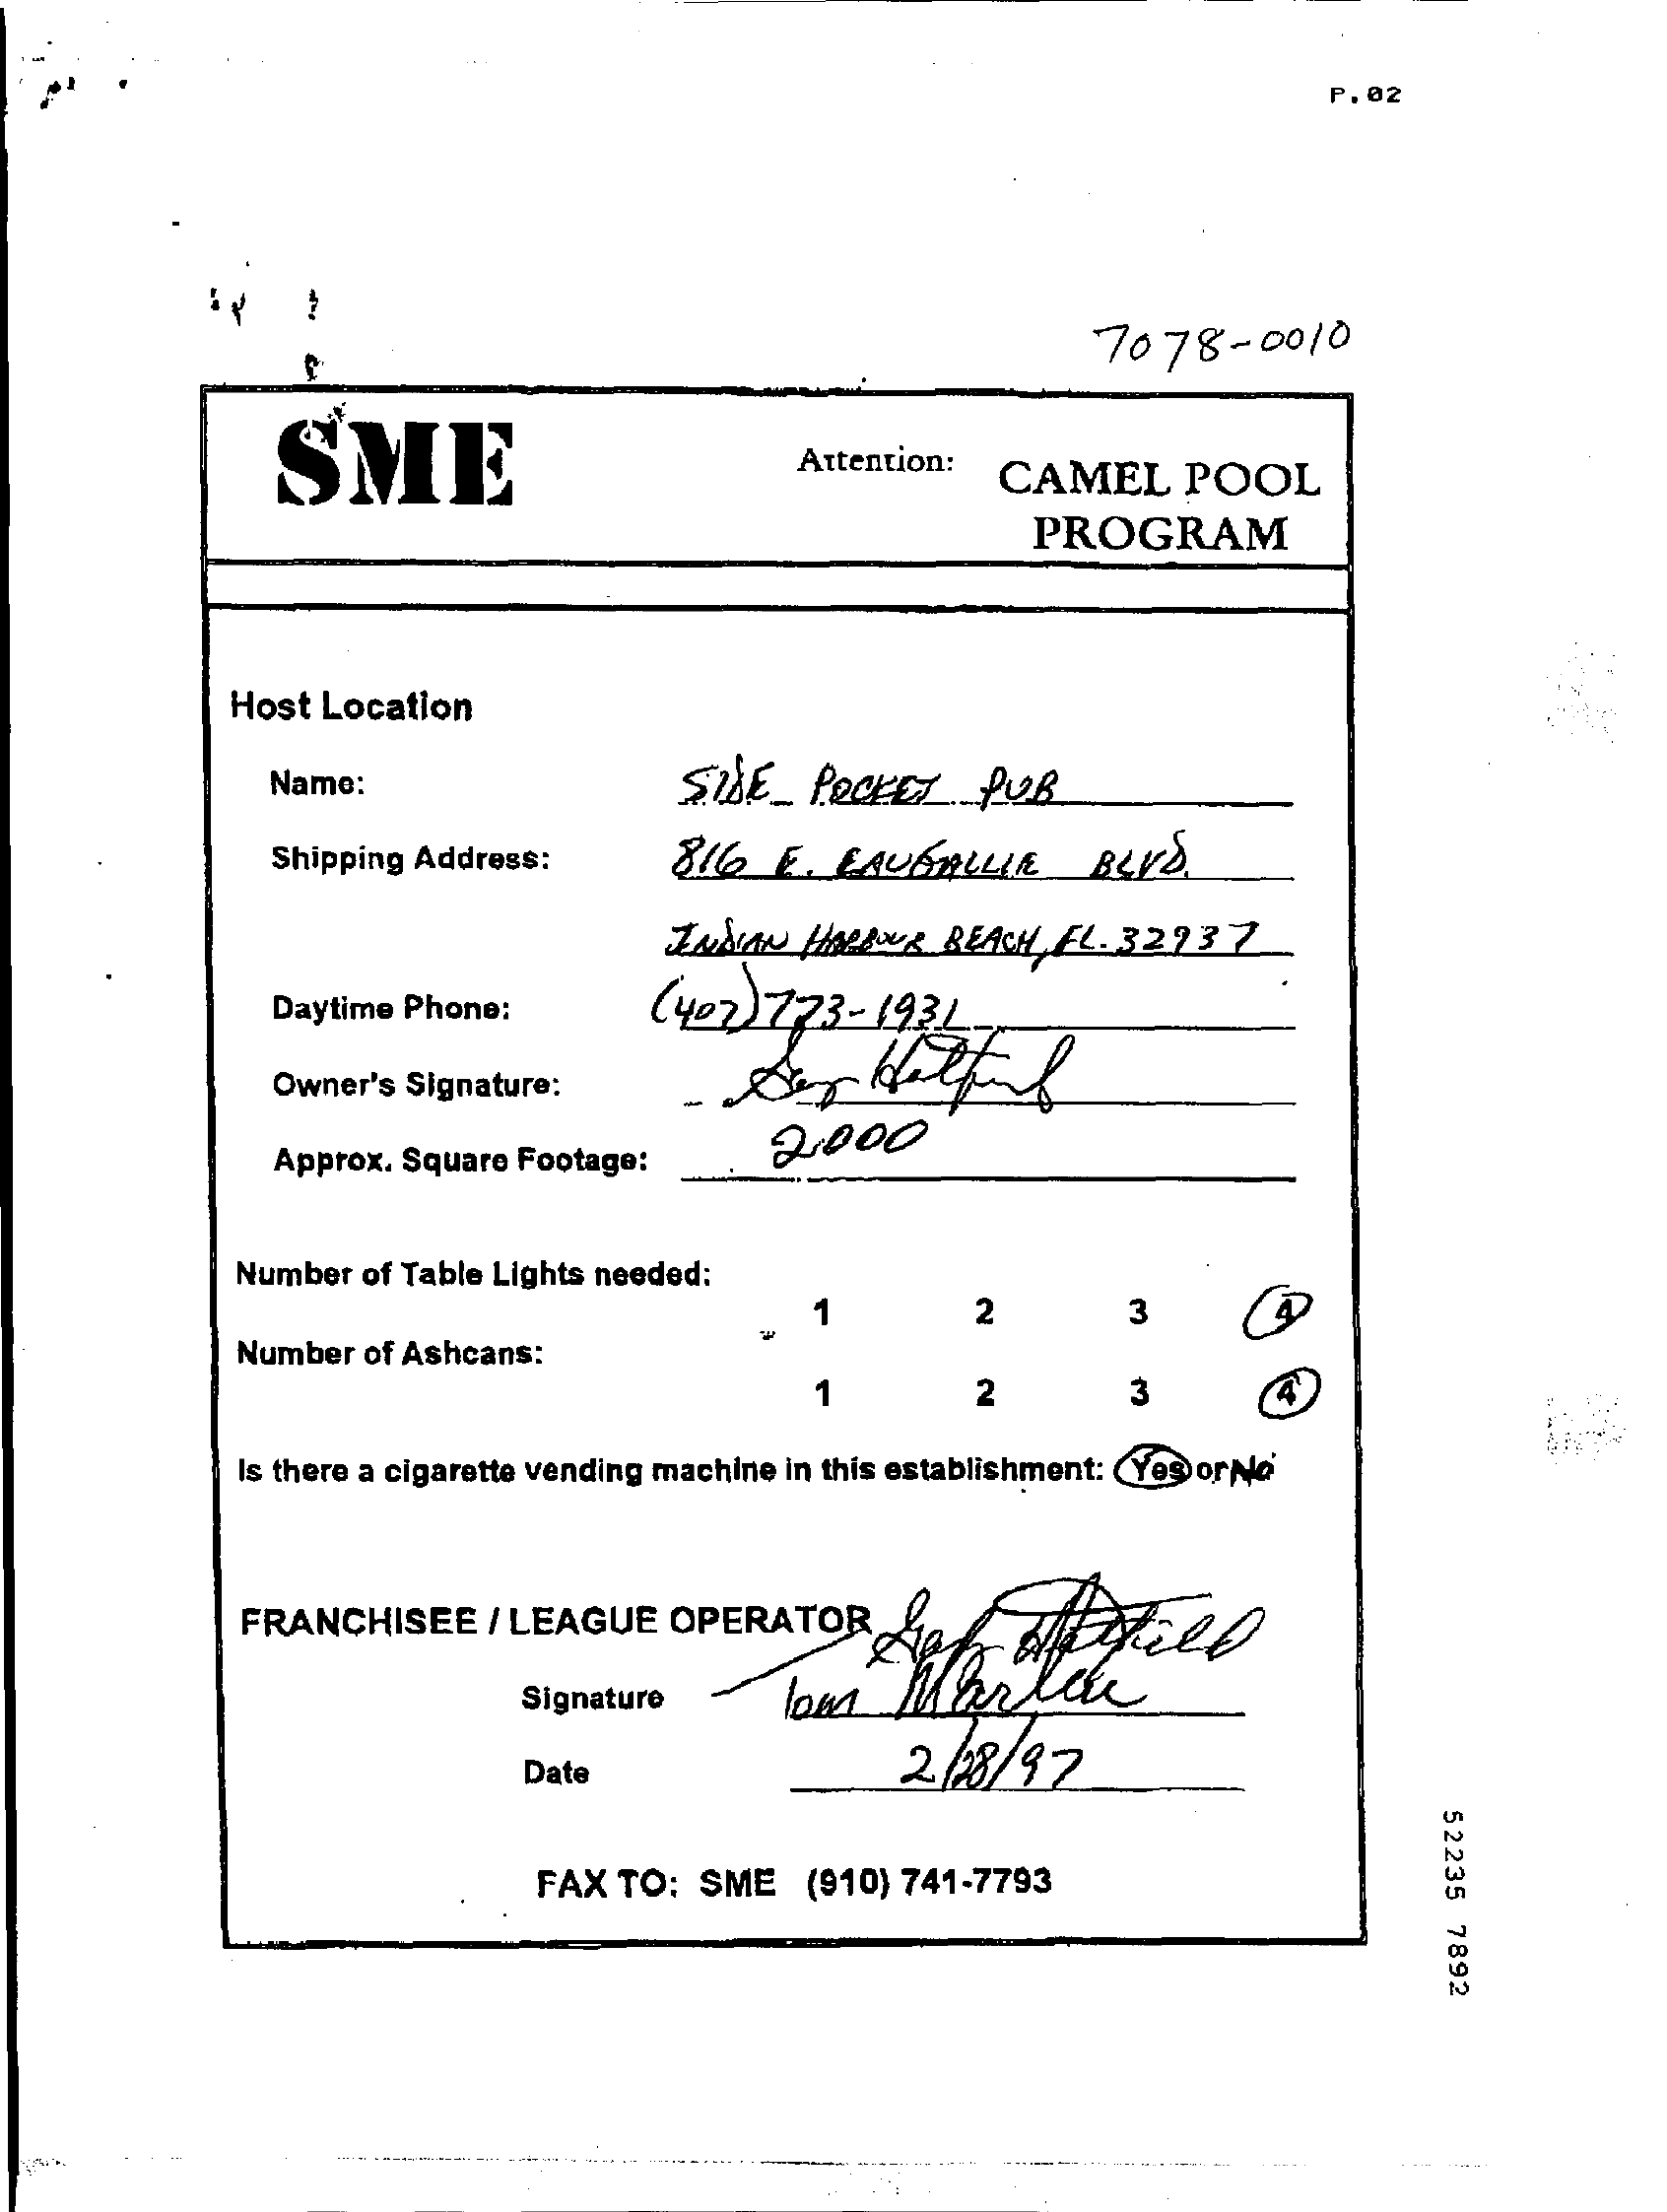
P.02
     7078-0010
     SME    Attention:
     CAMEL    POOL
     PROGRAM
     Host Location
     Name:    SIDE _ POCKET   PUB
     Shipping Address:    816   E. CAUSAALLIE    BLVD.
     INDIAN  HARBOUR BEACH, FL. 32737
     Daytime Phone:    ( 402) 773-  193L.
     Owner's Signature:    -
     Approx. Square Footage:
     2.000
     Number of Table Lights needed:
     2    3
     Number of Ashcans:
     2    3
     Is there a cigarette vending machine in this establishment: (Yes or No
     FRANCHISEE    / LEAGUE  OPERATOR
     Signature
     2 /28/97
     Date
     52235
     7892
     FAX TO:  SME   (910) 741-7793